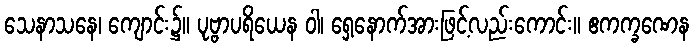
သေနာသနေ၊ ကျောင်း၌။ ပုဗ္ဗာပရိယေန ဝါ၊ ရှေ့နောက်အားဖြင့်လည်းကောင်း။ ဧကက္ခဏေန